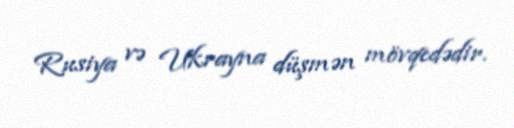
Rusiya və Ukrayna düşmən mövqedədir.